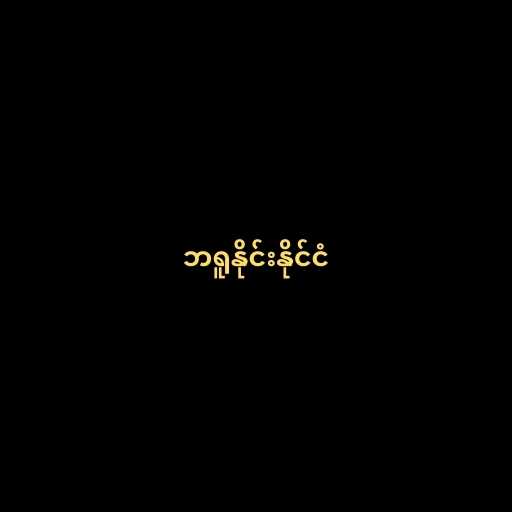
ဘရူနိုင်းနိုင်ငံ